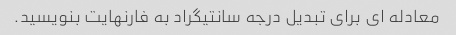
معادله ای برای تبدیل درجه سانتیگراد به فارنهایت بنویسید.